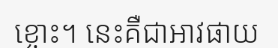
ខ្ចោះ។ នេះគឺជាអាវផាយ